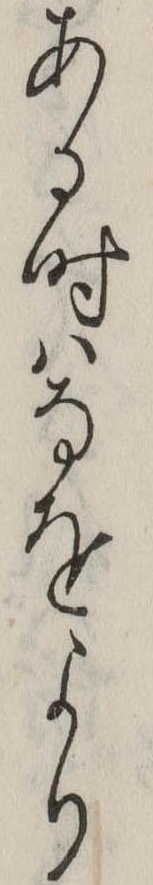
ある時はなをより